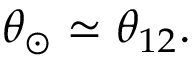
\theta _ { \odot } \simeq \theta _ { 1 2 } .